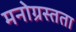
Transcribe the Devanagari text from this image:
मनोग्रस्तता